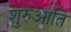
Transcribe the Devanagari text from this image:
शुरुआति